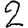
Digit: 2